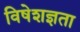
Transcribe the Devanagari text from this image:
विषेशज्ञता